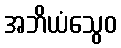
အဘိယံသွေဝ